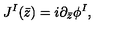
J ^ { I } ( \bar { z } ) = i \partial _ { \bar { z } } \phi ^ { I } ,